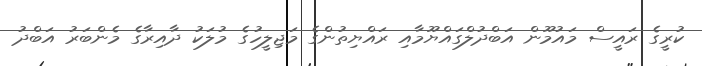
ކުރީގެ ރައީސް މައުމޫން އަބްދުލްގައްޔޫމާއި ރައްޔިތުންގެ މަޖިލީހުގެ މުލަކު ދާއިރާގެ މެންބަރު އަބްދު